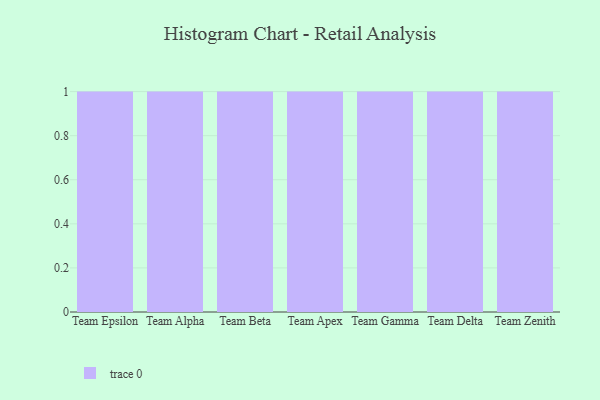
{"axis": {"x": "Team", "y": "Budget (USD K)"}, "legend": [""], "data": [{"x": "Team Epsilon", "y": 11, "type": ""}, {"x": "Team Alpha", "y": 59, "type": ""}, {"x": "Team Beta", "y": 78, "type": ""}, {"x": "Team Apex", "y": 98, "type": ""}, {"x": "Team Gamma", "y": 79, "type": ""}, {"x": "Team Delta", "y": 95, "type": ""}, {"x": "Team Zenith", "y": 25, "type": ""}]}